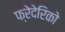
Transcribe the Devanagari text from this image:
फ्रेदेरिको